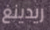
ريدينغ